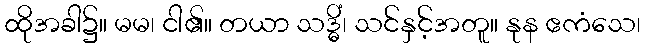
ထိုအခါ၌။ မမ၊ ငါ၏။ တယာ သဒ္ဓိံ၊ သင်နှင့်အတူ။ နုန ဧကံသေ၊